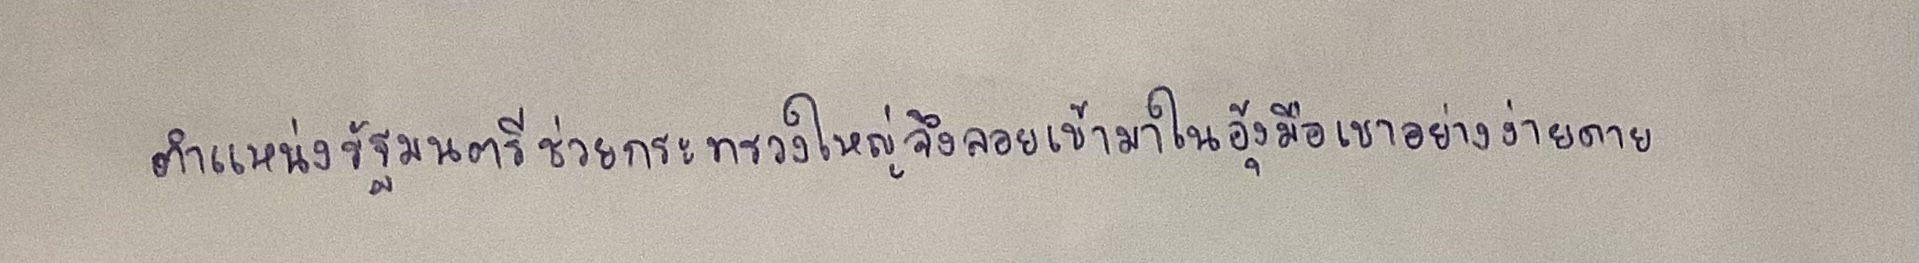
ตำแหน่งรัฐมนตรีช่วยกระทรวงใหญ่จึงลอยเข้ามาในอุ้งมือเขาอย่างง่ายดาย